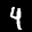
Label: 4